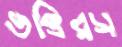
ভক্তিরস